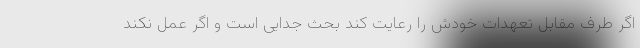
اگر طرف مقابل تعهدات خودش را رعایت کند بحث جدایی است و اگر عمل نکند